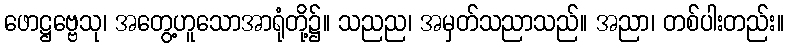
ဖောဋ္ဌဗ္ဗေသု၊ အတွေ့ဟူသောအာရုံတို့၌။ သညည၊ အမှတ်သညာသည်။ အညာ၊ တစ်ပါးတည်း။